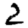
Digit: 2